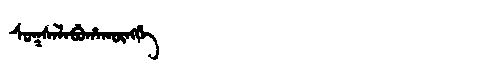
Manchu: ᠰᡠᡴᠰᠠᠯᠠᠪᡠᡥᠠᡴᡡᠩᡤᡝ
Romanization: SUKSALABUHAKŪNGGE